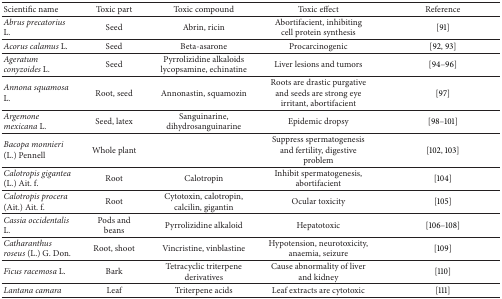
<table><thead><tr><td><b>Scientific name</b></td><td><b>Toxic part</b></td><td><b>Toxic compound</b></td><td><b>Toxic effect</b></td><td><b>Reference</b></td></tr></thead><tbody><tr><td><i>Abrus precatorius</i> L.</td><td>Seed</td><td>Abrin, ricin</td><td>Abortifacient, inhibiting cell protein synthesis</td><td>[91]</td></tr><tr><td><i>Acorus calamus</i> L.</td><td>Seed</td><td>Beta-asarone</td><td>Procarcinogenic</td><td>[92, 93]</td></tr><tr><td><i>Ageratum conyzoides</i> L.</td><td>Seed</td><td>Pyrrolizidine alkaloids lycopsamine, echinatine</td><td>Liver lesions and tumors</td><td>[94–96]</td></tr><tr><td><i>Annona squamosa</i> L.</td><td>Root, seed</td><td>Annonastin, squamozin</td><td>Roots are drastic purgative and seeds are strong eye irritant, abortifacient</td><td> [97]</td></tr><tr><td><i>Argemone mexicana</i> L.</td><td>Seed, latex</td><td>Sanguinarine, dihydrosanguinarine</td><td>Epidemic dropsy</td><td>[98–101]</td></tr><tr><td><i>Bacopa monnieri</i> (L.) Pennell</td><td>Whole plant</td><td>[EMPTY_CELL]</td><td>Suppress spermatogenesis and fertility, digestive problem</td><td>[102, 103]</td></tr><tr><td><i>Calotropis gigantea </i>(L.) Ait. f.</td><td>Root</td><td>Calotropin</td><td>Inhibit spermatogenesis, abortifacient</td><td>[104]</td></tr><tr><td><i>Calotropis procera </i>(Ait.) Ait. f.</td><td>Root</td><td>Cytotoxin, calotropin, calcilin, gigantin</td><td>Ocular toxicity</td><td>[105]</td></tr><tr><td><i>Cassia occidentalis</i> L.</td><td>Pods and beans</td><td>Pyrrolizidine alkaloid</td><td>Hepatotoxic</td><td>[106–108]</td></tr><tr><td><i>Catharanthus roseus</i> (L.) G. Don.</td><td>Root, shoot</td><td>Vincristine, vinblastine</td><td>Hypotension, neurotoxicity, anaemia, seizure</td><td>[109]</td></tr><tr><td><i>Ficus racemosa</i> L.</td><td>Bark</td><td>Tetracyclic triterpene derivatives</td><td>Cause abnormality of liver and kidney</td><td>[110]</td></tr><tr><td><i>Lantana camara </i></td><td>Leaf</td><td>Triterpene acids</td><td>Leaf extracts are cytotoxic</td><td>[111]</td></tr></tbody></table>